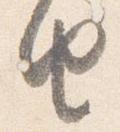
由